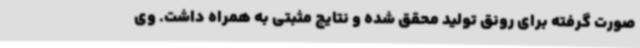
صورت گرفته برای رونق تولید محقق شده و نتایج مثبتی به همراه داشت. وی